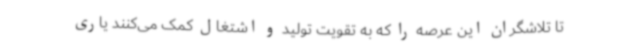
تا تلاشگران این عرصه را که به تقویت تولید و اشتغال کمک می‌کنند یاری